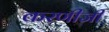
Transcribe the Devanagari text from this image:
करणीजी